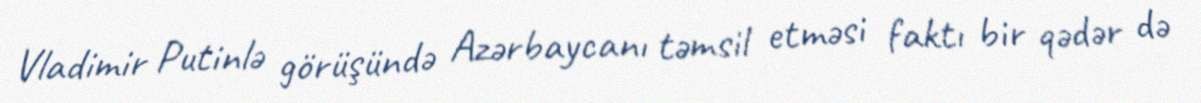
Vladimir Putinlə görüşündə Azərbaycanı təmsil etməsi faktı bir qədər də